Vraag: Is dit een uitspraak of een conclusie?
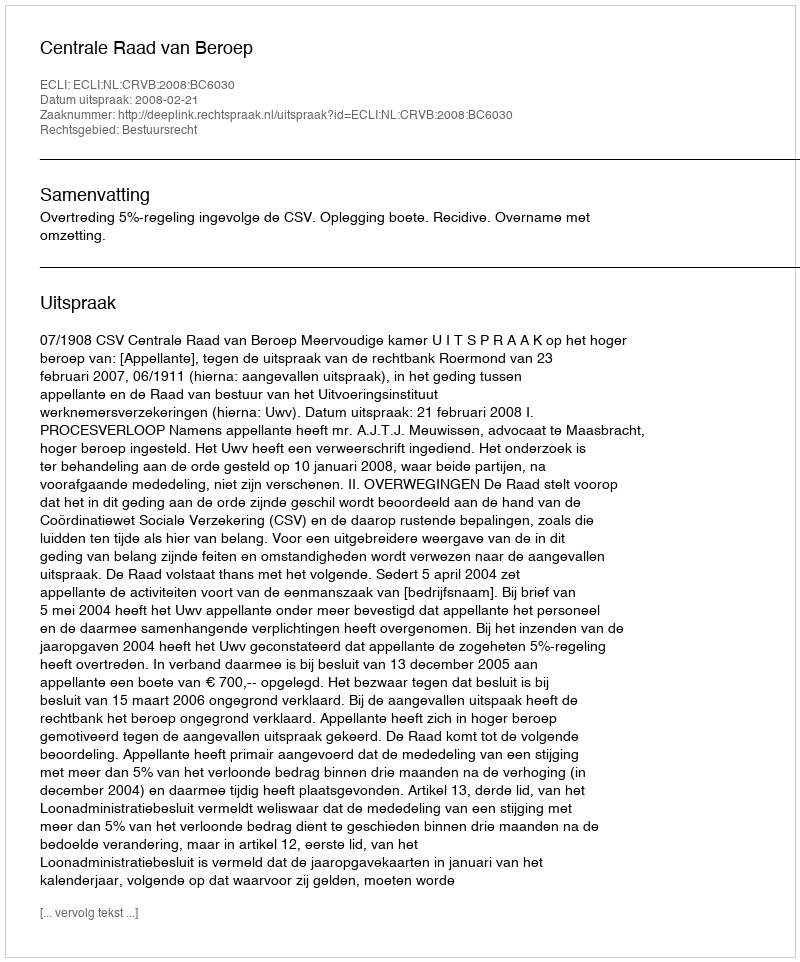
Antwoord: Uitspraak